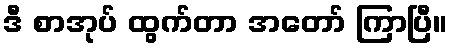
ဒီ စာအုပ် ထွက်တာ အတော် ကြာပြီ။